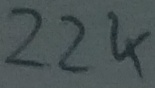
Text: 22K